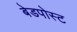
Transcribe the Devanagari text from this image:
बेडपोस्ट